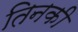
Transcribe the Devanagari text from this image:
तिनकी